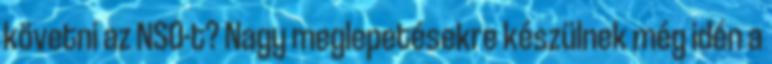
követni az NSO-t? Nagy meglepetésekre készülnek még idén a